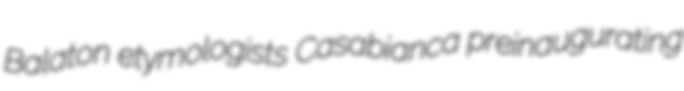
Balaton etymologists Casabianca preinaugurating